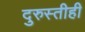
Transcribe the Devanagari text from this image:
दुरुस्तीही